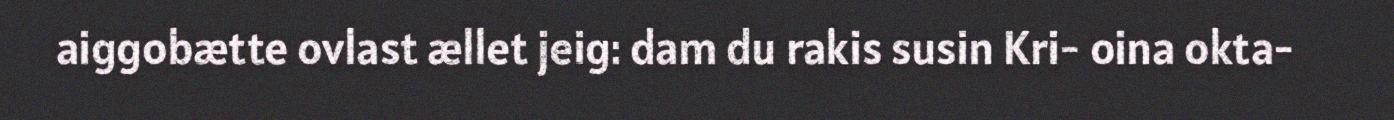
aiggobætte ovlast ællet jeig: dam du rakis susin Kri- oina okta-